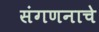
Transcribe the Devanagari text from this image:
संगणनाचे